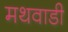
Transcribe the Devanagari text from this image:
मथवाडी